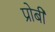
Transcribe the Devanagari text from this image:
प्रोबी